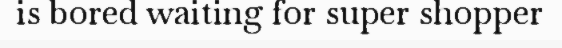
is bored waiting for super shopper